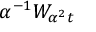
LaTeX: \alpha ^ { - 1 } W _ { \alpha ^ { 2 } t }